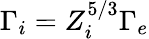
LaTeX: \Gamma_{i}=Z_{i}^{5/3}\Gamma_{e}